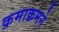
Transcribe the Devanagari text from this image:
क्रमाक्रमने